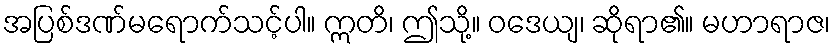
အပြစ်ဒဏ်မရောက်သင့်ပါ။ ဣတိ၊ ဤသို့။ ဝဒေယျ၊ ဆိုရာ၏။ မဟာရာဇ၊